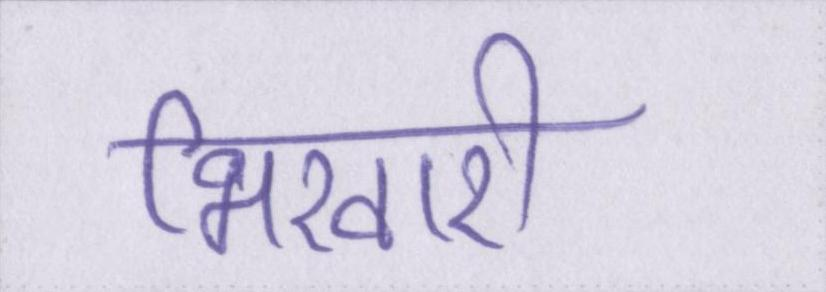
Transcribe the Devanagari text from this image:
भिखारी